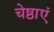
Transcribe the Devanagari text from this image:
चेष्ठाएं